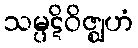
သမ္ပဋိဝိဇ္ဈဟံ